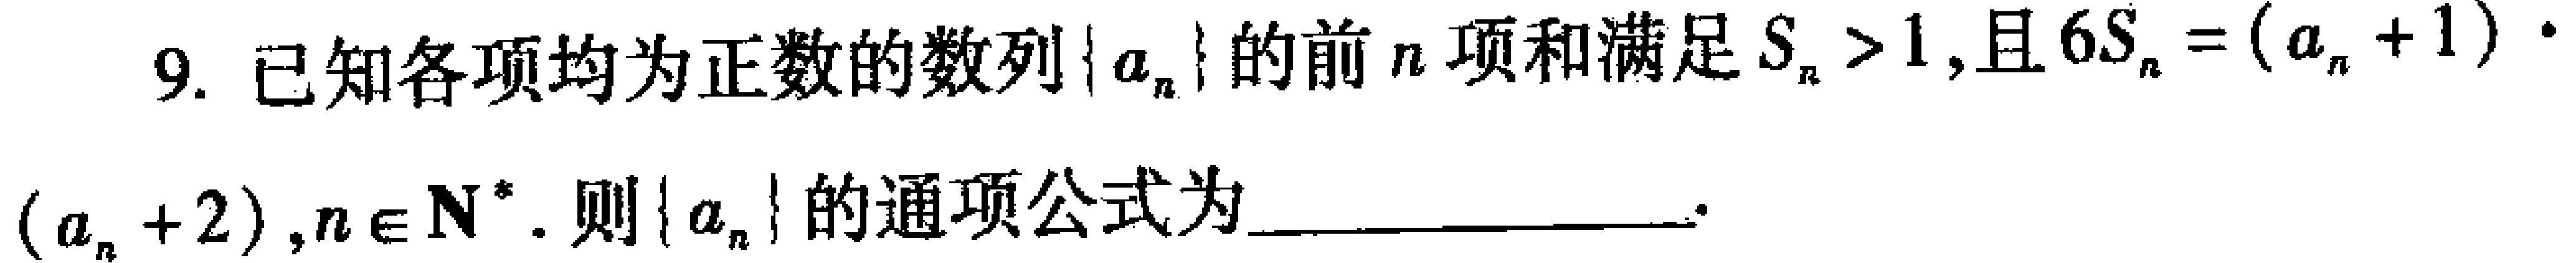
9. 已知各项均为正数的数列\(\{ a_{n}\}\)的前\(n\)项和满足\(S_{n}>1\),且\(6S_{n}=(a_{n} + 1)\cdot(a_{n}+2),n\in \mathbf{N}^{*}\). 则\(\{ a_{n}\}\)的通项公式为_________________.